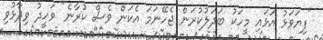
"ފިޔަވަޅު އަޅައި މީހަކު ބަދަލުކުރަން ޖެހޭނަމަ އެކަން ވެސް ކުރާނެ" ވަހީދު ވިދާޅުވި